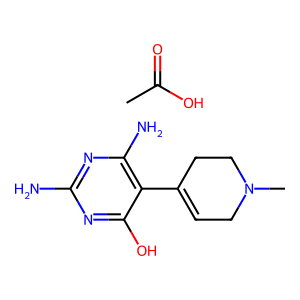
SMILES: CC(=O)O.CN1CC=C(c2c(N)nc(N)nc2O)CC1
Inhibits HIV replication: No